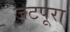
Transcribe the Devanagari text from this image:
जटपूरा